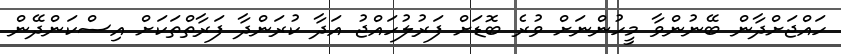
ހައްޖަށްދާން ބޭނުންވާ މީހުންނަށް ވުރެ ބޮޑަށް ފަރުލުހައްޖު އަދާ ކުރަންދާ ފަރާތްތަކަށް އިސްކަންދޭން